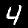
Digit: 4